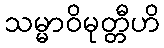
သမ္မာဝိမုတ္တီဟိ